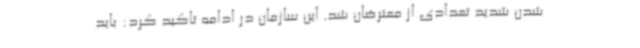
شدن شدید تعدادی از معترضان شد. این سازمان در ادامه تاکید کرد: باید